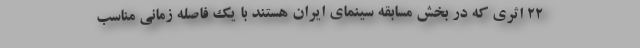
۲۲ اثری که در بخش مسابقه سینمای ایران هستند با یک فاصله زمانی مناسب